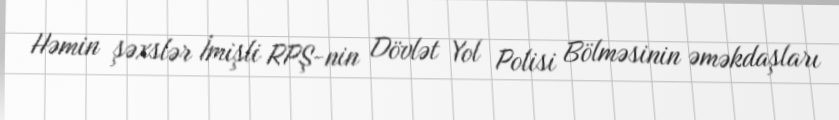
Həmin şəxslər İmişli RPŞ-nin Dövlət Yol Polisi Bölməsinin əməkdaşları